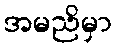
အမညိမှာ